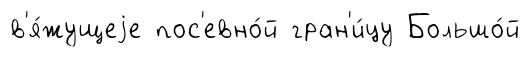
в'я́жущеjе пос'евно́й гран'и́цу Большо́й